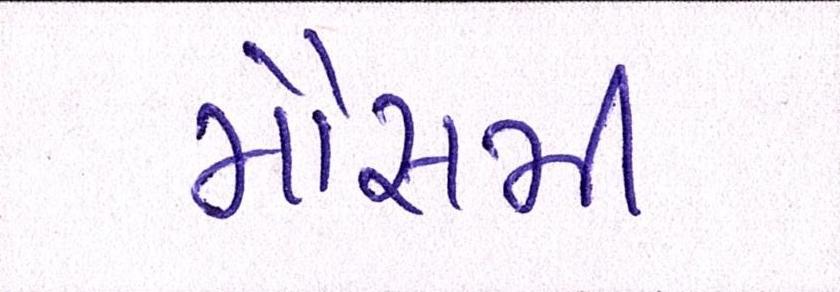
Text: મૌસમી